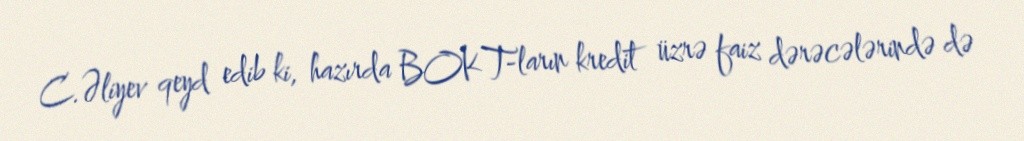
C.Əliyev qeyd edib ki, hazırda BOKT-ların kredit üzrə faiz dərəcələrində də